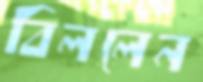
বিললেন